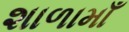
શાળામાઁ